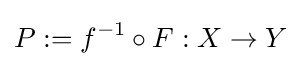
P:=f^{-1}\circ F:X\to Y